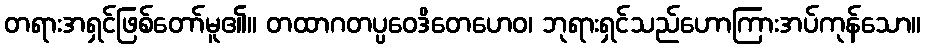
တရားအရှင်ဖြစ်တော်မူ၏။ တထာဂတပ္ပဝေဒိတေဟေဝ၊ ဘုရားရှင်သည်ဟောကြားအပ်ကုန်သော။